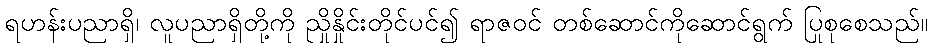
ရဟန်းပညာရှိ၊ လူပညာရှိတို့ကို ညှိုနှိုင်းတိုင်ပင်၍ ရာဇဝင် တစ်ဆောင်ကိုဆောင်ရွက် ပြုစုစေသည်။